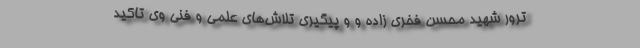
ترور شهید محسن فخری زاده و و پیگیری تلاش‌های علمی و فنی وی تاکید